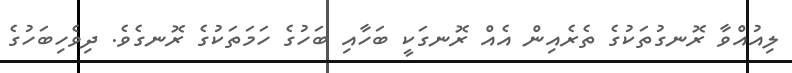
ލިއުއްވާ ރޮނގުތަކުގެ ތެރެއިން އެއް ރޮނގަކީ ބަހާއި ބަހުގެ ހަމަތަކުގެ ރޮނގެވެ. ދިވެހިބަހުގެ